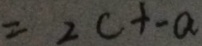
= 2 c + - a